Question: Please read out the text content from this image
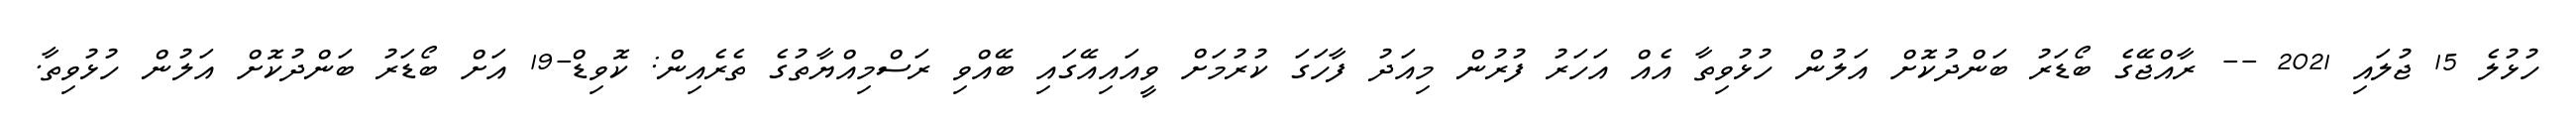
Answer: ހުޅުލެ 15 ޖުލައި 2021 -- ރާއްޖޭގެ ބޯޑަރު ބަންދުކޮށް އަލުން ހުޅުވިތާ އެއް އަހަރު ފުރުން މިއަދު ފާހަގަ ކުރުމަށް ވީއައިއޭގައި ބޭއްވި ރަސްމިއްޔާތުގެ ތެރެއިން: ކޮވިޑް-19 އަށް ބޯޑަރު ބަންދުކޮށް އަލުން ހުޅުވިތާ.